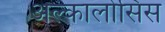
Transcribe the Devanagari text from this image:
अल्कालोसिस